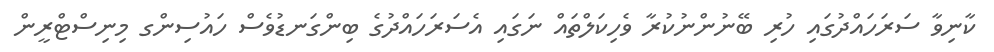
ކާނިވާ ސަރަހައްދުގައި ހުރި ބޭނުންނުކުރާ ވެހިކަލްތައް ނަގައި އެސަރަހައްދުގެ ބިންގަނޑުވެސް ހައުސިންގ މިނިސްޓްރީން